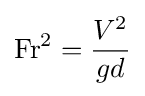
\mathrm {Fr^{2}} ={\frac {V^{2}}{gd}}